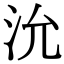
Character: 沇